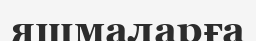
яшмаларға